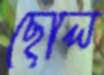
ছোল